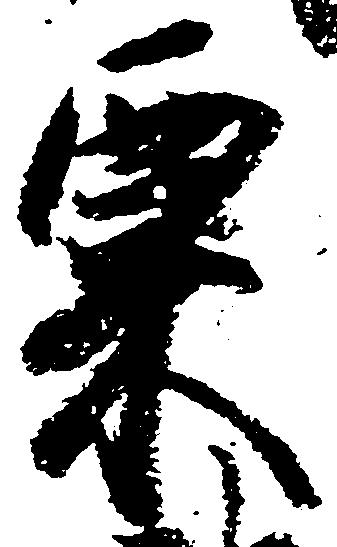
粟